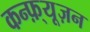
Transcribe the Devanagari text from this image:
कन्फ़्यूज़न